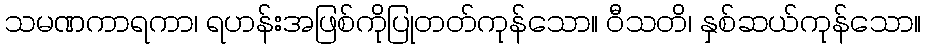
သမဏကာရကာ၊ ရဟန်းအဖြစ်ကိုပြုတတ်ကုန်သော။ ဝီသတိ၊ နှစ်ဆယ်ကုန်သော။